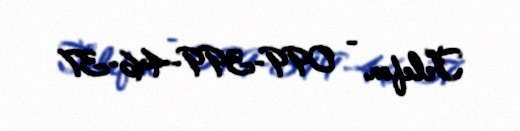
Telefon - 099-399-46-37